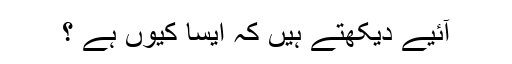
آئیے دیکھتے ہیں کہ ایسا کیوں ہے ؟